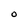
Character: O